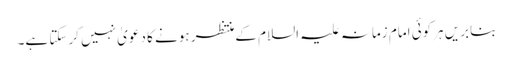
بنابریں ہرکوئی امام زمانہ علیہ السلام کےمنتظر ہونے کا دعویٰ نہیں کرسکتا ہے۔